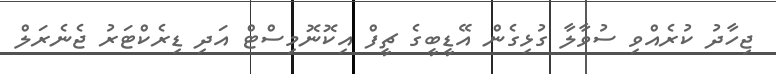
ޖިހާދު ކުރެއްވި ސުވާލާ ގުޅިގެން އޭޑީބީގެ ޗީފް އިކޮނޮމިސްޓް އަދި ޑިރެކްޓަރު ޖެނެރަލް